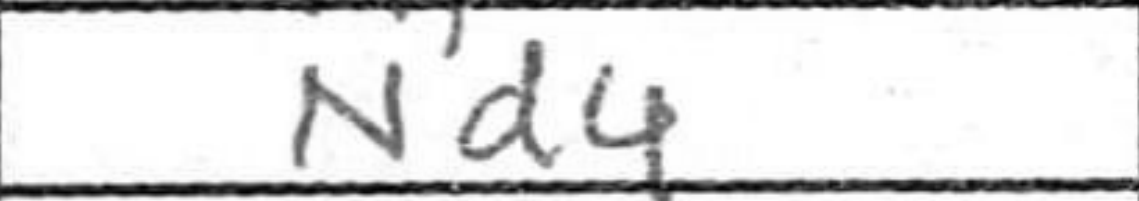
Transcription: Nd4